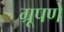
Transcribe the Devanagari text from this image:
ग्रूपणे